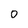
Character: 0